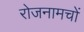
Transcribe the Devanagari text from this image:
रोजनामचों